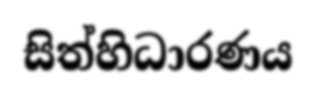
සිත්හිධාරණය